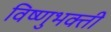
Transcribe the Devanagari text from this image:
विष्णुभक्ती